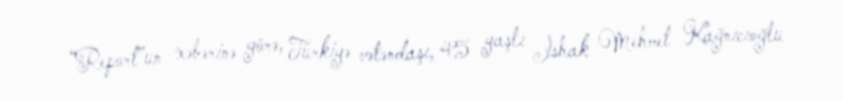
“Report”un xəbərinə görə, Türkiyə vətəndaşı, 45 yaşlı İshak Mehmet Kağnıcıoğlu